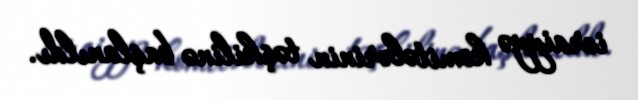
icraiyyə komitələrinin təşkilinə başlanıldı.